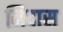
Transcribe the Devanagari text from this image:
मिदास